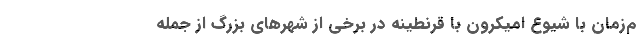
م‌زمان با شیوع اُمیکرون با قرنطینه در برخی از شهرهای بزرگ از جمله